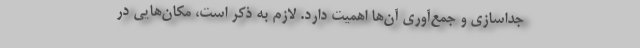
جداسازی و جمع‌آوری آن‌ها اهمیت دارد. لازم به ذکر است، مکان‌هایی در